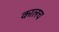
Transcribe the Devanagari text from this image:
कालच